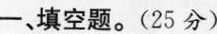
一、填空题。(25分)